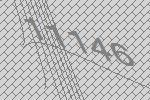
11146